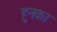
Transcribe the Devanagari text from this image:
हुनका